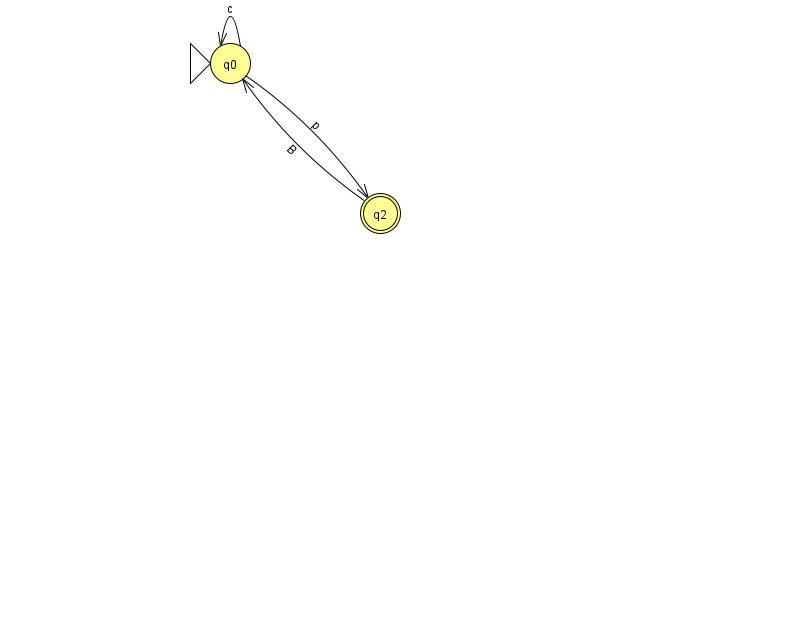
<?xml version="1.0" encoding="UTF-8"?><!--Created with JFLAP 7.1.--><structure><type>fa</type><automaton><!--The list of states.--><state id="0" name="q0"><x>230.0</x><y>50.0</y><initial/></state><state id="2" name="q2"><x>380.0</x><y>200.0</y><final/></state><!--The list of transitions.--><transition><from>0</from><to>0</to><read>c</read></transition><transition><from>0</from><to>2</to><read>p</read></transition><transition><from>2</from><to>0</to><read>B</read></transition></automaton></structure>